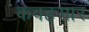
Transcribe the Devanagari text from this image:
कवहसार